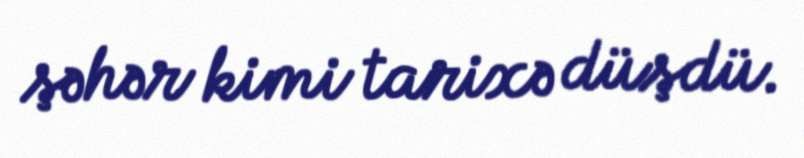
şəhər kimi tarixə düşdü.